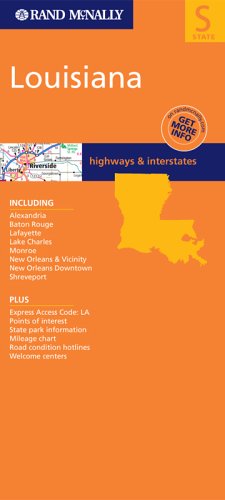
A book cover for Louisiana (Rand McNally Folded Map: States); Rand McNally; Travel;